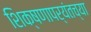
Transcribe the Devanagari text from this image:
शिक्षणापर्यंतच्या